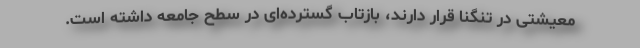
معیشتی در تنگنا قرار دارند، بازتاب گسترده‌ای در سطح جامعه داشته است.